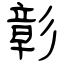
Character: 彰